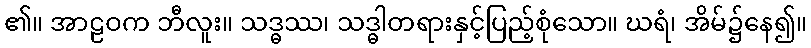
၏။ အာဠဝက ဘီလူး။ သဒ္ဓဿ၊ သဒ္ဓါတရားနှင့်ပြည့်စုံသော။ ဃရံ၊ အိမ်၌နေ၍။